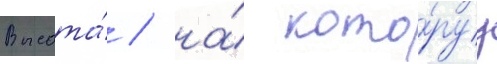
Высота́ / на́ кото́руу